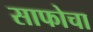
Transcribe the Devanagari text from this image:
साफोचा